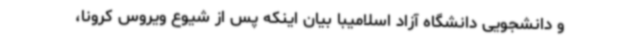
و دانشجویی دانشگاه آزاد اسلامیبا بیان اینکه پس از شیوع ویروس کرونا،